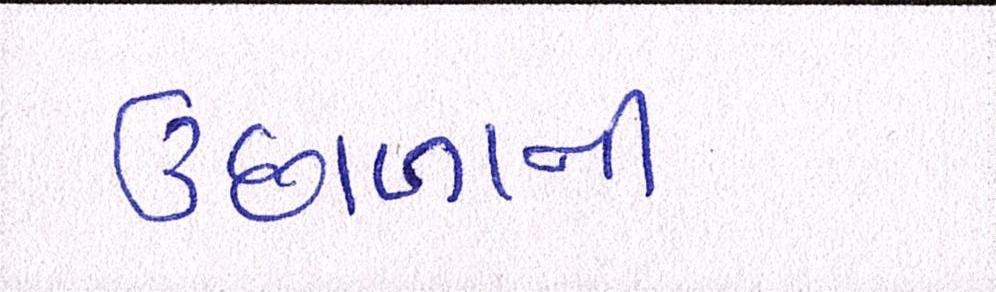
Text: ઉછાળાની